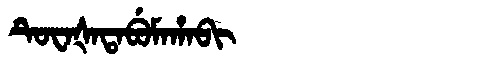
Manchu: ᡨᡠᠸᠠᡧᠠᡨᠠᠪᡠᠮᠠᡥᠠᠪᡳ
Romanization: TUWAŠATABUMAHABI